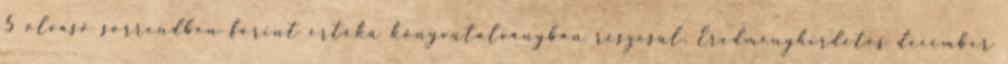
5 olvasó sorrendben forint értékû könyvutalványban részesül. Eredményhirdetés december